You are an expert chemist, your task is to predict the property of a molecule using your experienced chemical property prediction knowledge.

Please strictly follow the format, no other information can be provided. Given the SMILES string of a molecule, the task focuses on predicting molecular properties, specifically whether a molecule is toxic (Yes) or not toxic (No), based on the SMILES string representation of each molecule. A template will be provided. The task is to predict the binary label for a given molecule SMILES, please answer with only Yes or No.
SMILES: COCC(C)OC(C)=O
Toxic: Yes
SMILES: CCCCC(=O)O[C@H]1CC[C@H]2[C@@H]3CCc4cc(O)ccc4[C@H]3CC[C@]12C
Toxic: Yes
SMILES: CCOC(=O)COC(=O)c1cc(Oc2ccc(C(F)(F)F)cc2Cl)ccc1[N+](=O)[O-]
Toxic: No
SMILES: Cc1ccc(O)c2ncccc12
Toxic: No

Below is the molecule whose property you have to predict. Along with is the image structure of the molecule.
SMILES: CCCCCCOC(=O)CC
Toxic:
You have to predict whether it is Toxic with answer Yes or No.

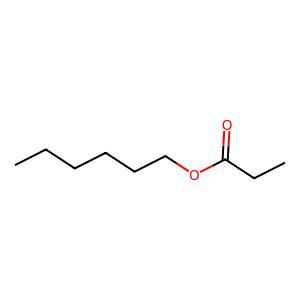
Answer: No